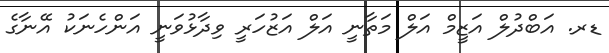
ޑރ. އަބްދުލް އަޒީމް އަލް މަތާނީ އަލް އަޒުހަރީ ވިދާޅުވަނީ އަންހެނަކު އޭނާގެ